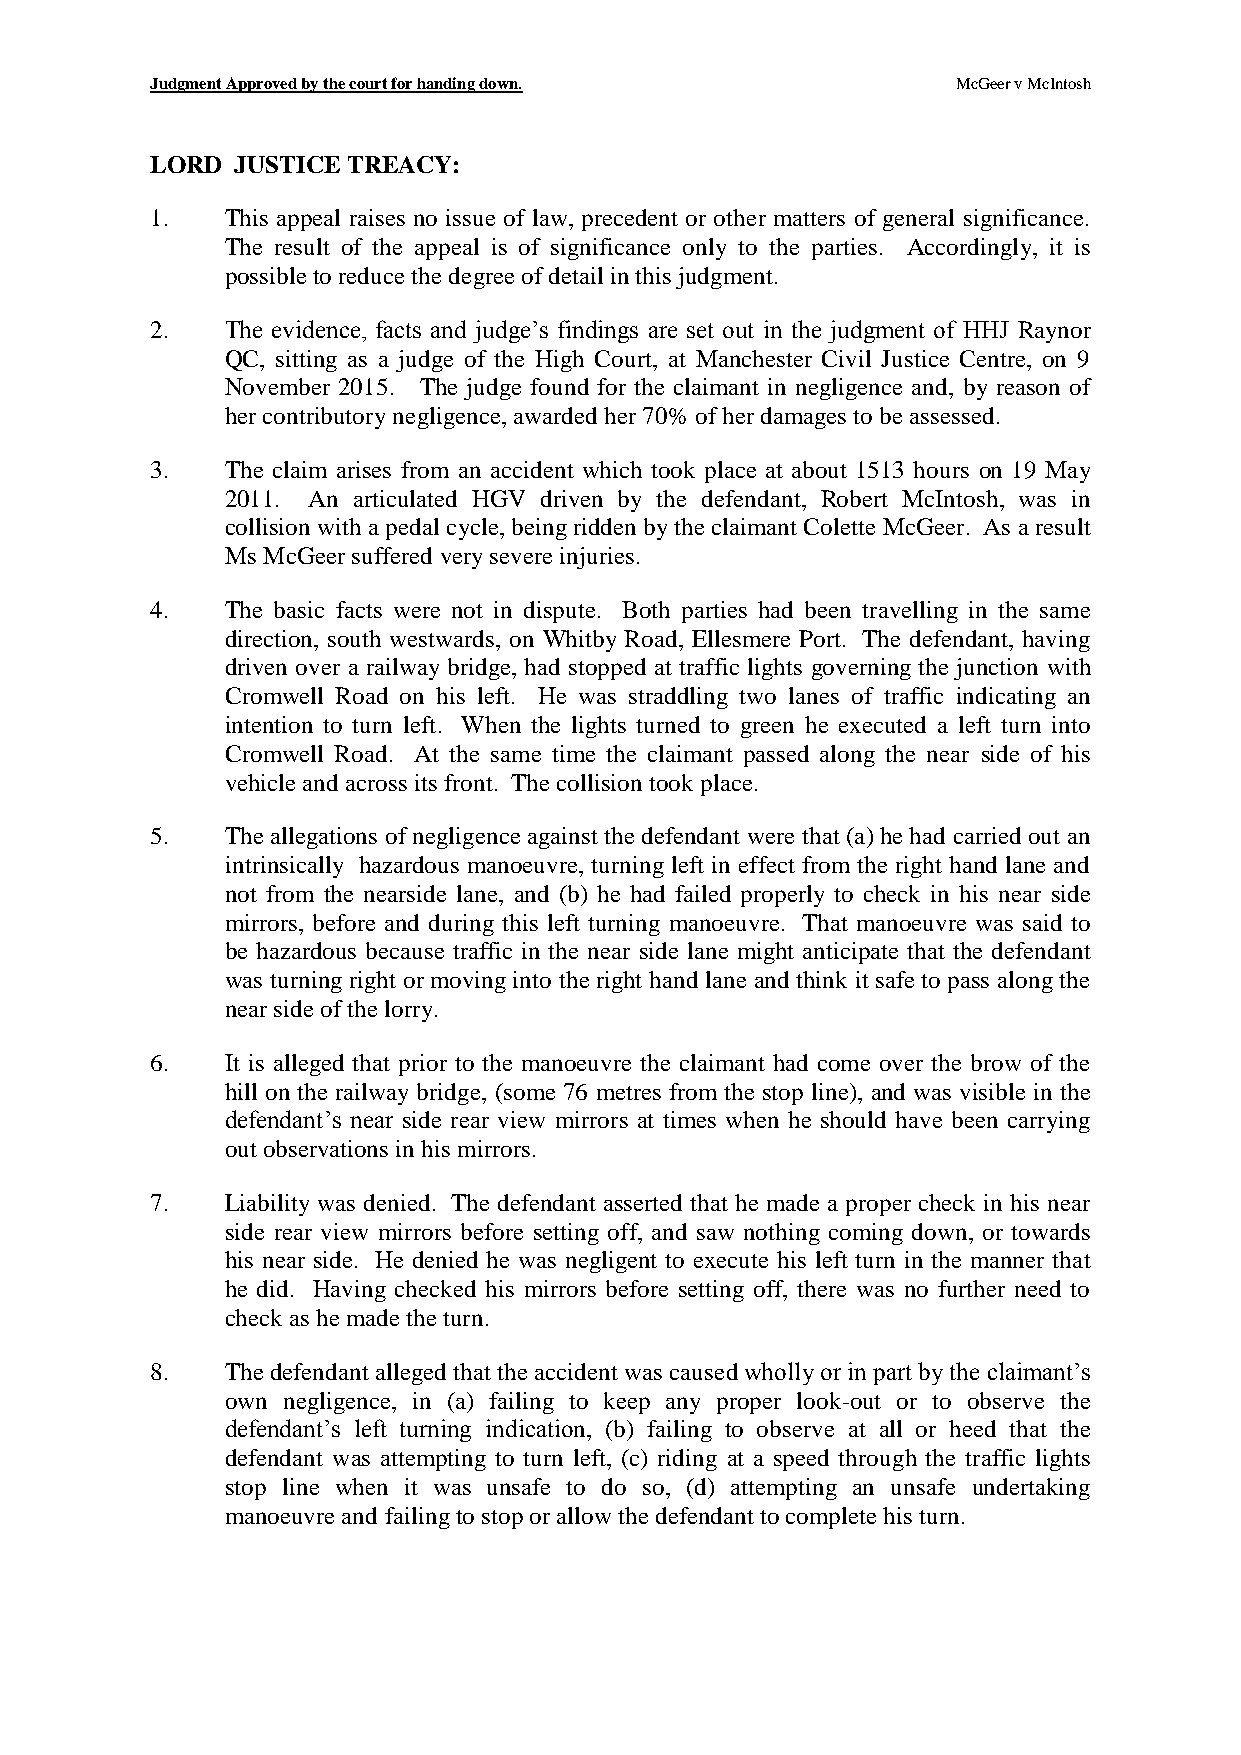
Judgment Approved by the court for handing down.     McGeer v McIntosh
 LORD  JUSTICE TREACY:
 1.   This appeal raises no issue of law, precedent or other matters of general significance.
 The result of the appeal is of significance only to the parties. Accordingly, it is
 possible to reduce the degree of detail in this judgment.
 2.   The evidence, facts and judge’s findings are set out in the judgment of HHJ Raynor
 QC, sitting as a judge of the High Court, at Manchester Civil Justice Centre, on 9
 November 2015. The judge found for the claimant in negligence and, by reason of
 her contributory negligence, awarded her 70% of her damages to be assessed.
 3.   The claim arises from an accident which took place at about 1513 hours on 19 May
 2011. An articulated HGV driven by the defendant, Robert McIntosh, was in
 collision with a pedal cycle, being ridden by the claimant Colette McGeer. As a result
 Ms McGeer suffered very severe injuries.
 4.   The basic facts were not in dispute. Both parties had been travelling in the same
 direction, south westwards, on Whitby Road, Ellesmere Port. The defendant, having
 driven over a railway bridge, had stopped at traffic lights governing the junction with
 Cromwell Road on his left. He was straddling two lanes of traffic indicating an
 intention to turn left. When the lights turned to green he executed a left turn into
 Cromwell Road. At the same time the claimant passed along the near side of his
 vehicle and across its front. The collision took place.
 5.   The allegations of negligence against the defendant were that (a) he had carried out an
 intrinsically hazardous manoeuvre, turning left in effect from the right hand lane and
 not from the nearside lane, and (b) he had failed properly to check in his near side
 mirrors, before and during this left turning manoeuvre. That manoeuvre was said to
 be hazardous because traffic in the near side lane might anticipate that the defendant
 was turning right or moving into the right hand lane and think it safe to pass along the
 near side of the lorry.
 6.   It is alleged that prior to the manoeuvre the claimant had come over the brow of the
 hill on the railway bridge, (some 76 metres from the stop line), and was visible in the
 defendant’s near side rear view mirrors at times when he should have been carrying
 out observations in his mirrors.
 7.   Liability was denied. The defendant asserted that he made a proper check in his near
 side rear view mirrors before setting off, and saw nothing coming down, or towards
 his near side. He denied he was negligent to execute his left turn in the manner that
 he did. Having checked his mirrors before setting off, there was no further need to
 check as he made the turn.
 8.   The defendant alleged that the accident was caused wholly or in part by the claimant’s
 own negligence, in (a) failing to keep any proper look-out or to observe the
 defendant’s left turning indication, (b) failing to observe at all or heed that the
 defendant was attempting to turn left, (c) riding at a speed through the traffic lights
 stop line when it was unsafe to do so, (d) attempting an unsafe undertaking
 manoeuvre and failing to stop or allow the defendant to complete his turn.